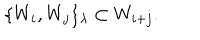
LaTeX: \{ W _ { i } , W _ { j } \} _ { \lambda } \subset W _ { i + j } .